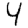
Digit: 4